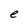
Character: e